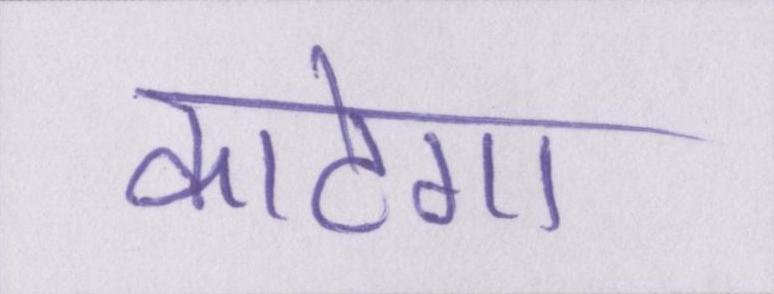
काटेगा